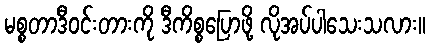
မစ္စတာဒီဝင်းတားကို ဒီကိစ္စပြောဖို့ လိုအပ်ပါသေးသလား။